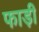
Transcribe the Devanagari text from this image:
फाड़ी